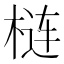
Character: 梿